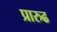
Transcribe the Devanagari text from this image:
प्रारुढ